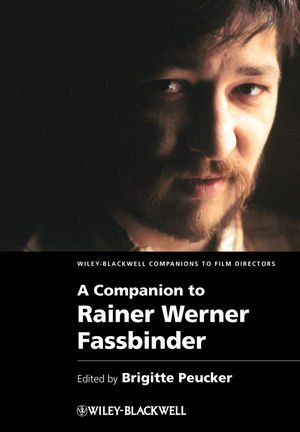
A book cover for A Companion to Rainer Werner Fassbinder; Arts & Photography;